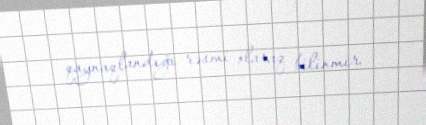
qaynaqlandığı rəsmi olaraq bilinmir.